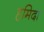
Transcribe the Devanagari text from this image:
हमिदा